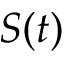
S ( t )